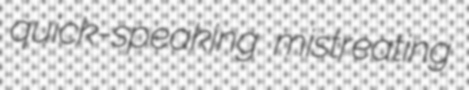
quick-speaking mistreating